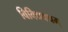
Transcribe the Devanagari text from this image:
विविधवधम्